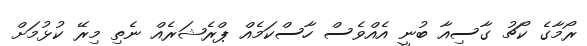
ރޯމާގެ ކޯޗު ގާސިއާ ބުނީ އެއްވެސް ހާސްކަމެއް ޕްރެޝަރެއް ނެތި މިރޭ ކުޅުމަށް